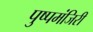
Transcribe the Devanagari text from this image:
पुष्पमंजिरी